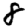
Digit: 8